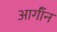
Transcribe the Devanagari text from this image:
आर्गॉन